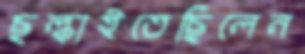
ছল্‌কাইতেছিলেন